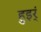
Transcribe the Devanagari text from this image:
हुइर्ं